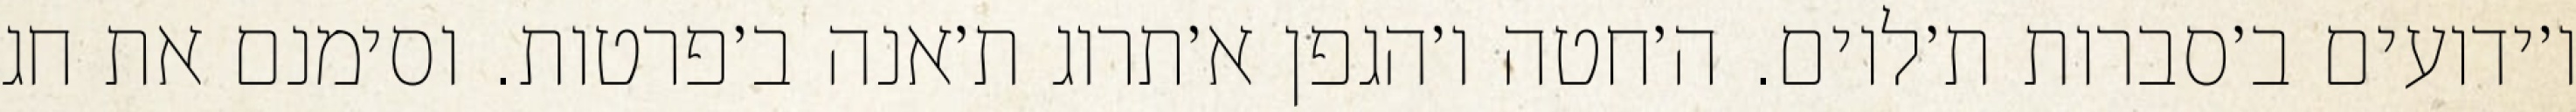
ו׳ידועים ב׳סברות ת׳לוים. ה׳חטה ו׳הגפן א׳תרוג ת׳אנה ב׳פרטות. וסימנם את חג